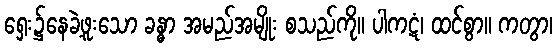
ရှေး၌နေခဲ့ဖူးသော ခန္ဓာ အမည်အမျိုး စသည်ကို။ ပါကဋံ၊ ထင်စွာ။ ကတွာ၊